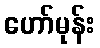
ဟော်မုန်း